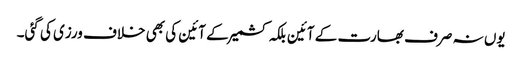
یوں نہ صرف بھارت کے آئین بلکہ کشمیر کے آئین کی بھی خلاف ورزی کی گئی۔